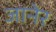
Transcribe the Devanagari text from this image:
जानेर